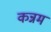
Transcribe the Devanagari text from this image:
कन्नम